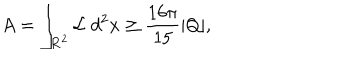
A = \int _ { { \bf R } ^ { 2 } } { \cal L } \; d ^ { 2 } x \geq \frac { 1 6 \pi } { 1 5 } | Q | , \;